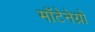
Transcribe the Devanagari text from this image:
मॉटेनेग्रो